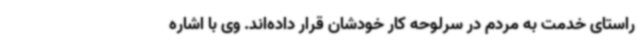
راستای خدمت به مردم در سرلوحه کار خودشان قرار داده‌اند. وی با اشاره